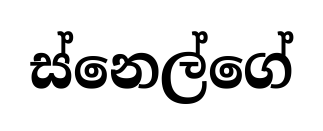
ස්නෙල්ගේ